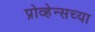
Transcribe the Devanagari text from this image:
प्रोव्हेन्सच्या